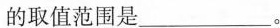
的取值范围是___。